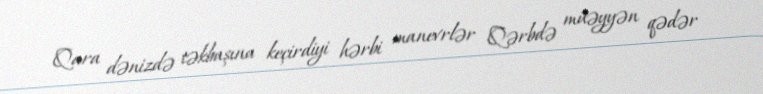
Qara dənizdə təkbaşına keçirdiyi hərbi manevrlər Qərbdə müəyyən qədər